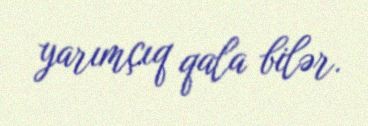
yarımçıq qala bilər.